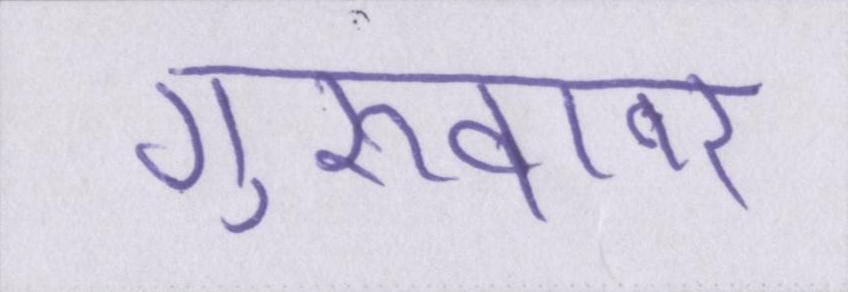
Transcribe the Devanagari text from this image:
गुरूवार